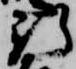
新